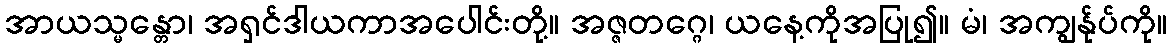
အာယသ္မန္တော၊ အရှင်ဒါယကာအပေါင်းတို့။ အဇ္ဇတဂ္ဂေ၊ ယနေ့ကိုအပြု၍။ မံ၊ အကျွန်ုပ်ကို။